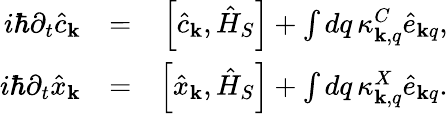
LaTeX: \begin{array}{rlr}{i\hbar\partial_{t}\hat{c}_{\mathbf k}}&{=}&{\left[\hat{c}_{\mathbf k},\hat{H}_{S}\right]+\int dq\, \kappa_{{\mathbf k},q}^{C}\hat{e}_{{\mathbf k}q},}\\ {i\hbar\partial_{t}\hat{x}_{\mathbf k}}&{=}&{\left[\hat{x}_{\mathbf k},\hat{H}_{S}\right]+\int dq\, \kappa_{{\mathbf k},q}^{X}\hat{e}_{{\mathbf k}q}.}\end{array}